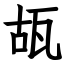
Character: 瓳